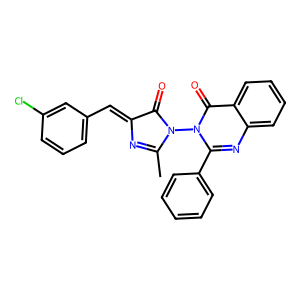
SMILES: CC1=NC(=Cc2cccc(Cl)c2)C(=O)N1n1c(-c2ccccc2)nc2ccccc2c1=O
Inhibits HIV replication: No